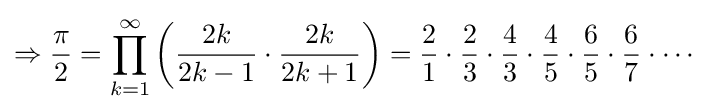
\Rightarrow {\frac {\pi }{2}}=\prod _{k=1}^{\infty }\left({\frac {2k}{2k-1}}\cdot {\frac {2k}{2k+1}}\right)={\frac {2}{1}}\cdot {\frac {2}{3}}\cdot {\frac {4}{3}}\cdot {\frac {4}{5}}\cdot {\frac {6}{5}}\cdot {\frac {6}{7}}\cdot \cdots